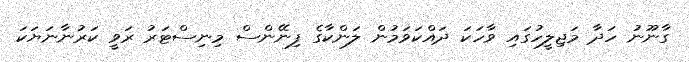
ގާނޫނު ހަދާ މަޖިލީހުގައި ވާހަކަ ދައްކަވަމުން ލަންކާގެ ފިނޭންސް މިނިސްޓަރު ރަވީ ކަރުނާނަޔަކަ